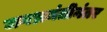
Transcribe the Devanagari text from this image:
जगभ्रमंतीनंतर